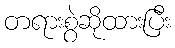
တရားစွဲဆိုထားပြီး